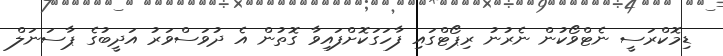
ޑިމޮކްރަސީ ނެޓްވޯކުން ނެރުނު ރިޕޯޓްގައި ފާހަގަކޮށްފައިވާ ގޮތުން އެ ދުވަސްވަރު އަދީބުގެ ޕާސަނަލް